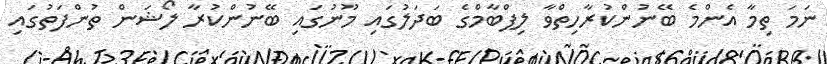
ނަމަ ތިމާ އެންމެ ބޭނުންކުރާހިތްވާ ލިޕްބާމްގެ ބަދަލުގައި މޫނުގައި ބޭނުންކުރާ ލޯޝަން ތުންފަތުގައި